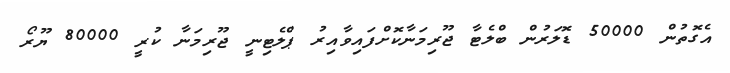
އެގޮތުން 50000 ޑޮލަރުން ބްލެޓާ ޖޫރިމަނާކޮށްފައިވާއިރު ޕްލެޓިނީ ޖޫރިމަނާ ކުރީ 80000 ޔޫރޯ